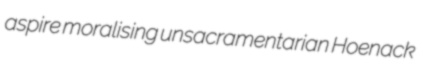
aspire moralising unsacramentarian Hoenack